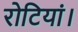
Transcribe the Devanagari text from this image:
रोटियां।